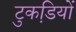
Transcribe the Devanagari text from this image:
टुकडि़यों